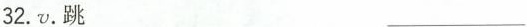
32. v. 跳 ___